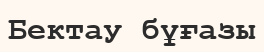
Бектау бұғазы